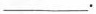
___.